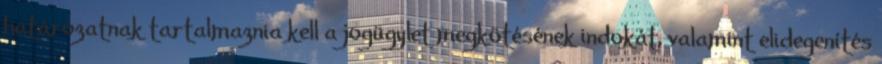
határozatnak tartalmaznia kell a jogügylet megkötésének indokát, valamint elidegenítés